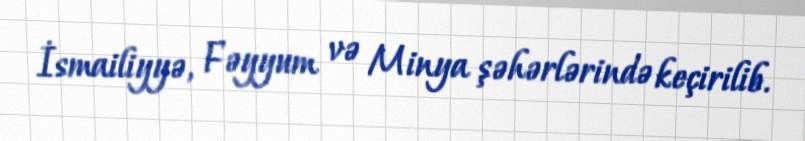
İsmailiyyə, Fəyyum və Minya şəhərlərində keçirilib.